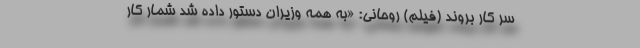
سر کار بروند (فیلم) روحانی: «به همه وزیران دستور داده شد شمار کار